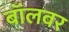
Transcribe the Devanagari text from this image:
बॉलवर